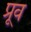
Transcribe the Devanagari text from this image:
प्रूव